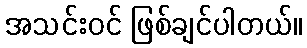
အသင်းဝင် ဖြစ်ချင်ပါတယ်။